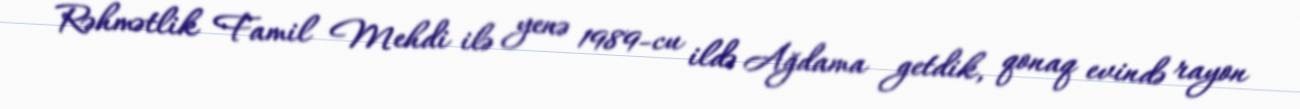
Rəhmətlik Famil Mehdi ilə yenə 1989-cu ildə Ağdama getdik, qonaq evində rayon